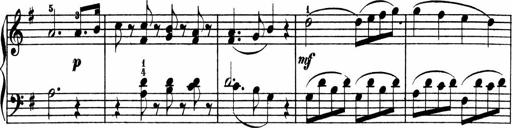
Title: 3 Sonatinen
Composer: Heinrich Lichner